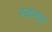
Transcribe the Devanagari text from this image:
स्वागत्